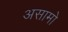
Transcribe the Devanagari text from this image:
असामो